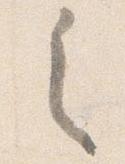
之